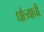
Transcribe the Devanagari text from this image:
धोत्र्याची